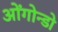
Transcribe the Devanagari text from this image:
ओंगोन्डो